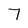
Character: 7